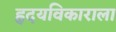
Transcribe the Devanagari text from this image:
हृदयविकाराला